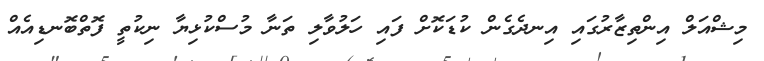
މިޝްއަލް އިންތިޒާރުގައި އިނދެގެން ކުޑަކޮށް ފައި ހަލުވާލި ތަނާ މުސްކުޅިޔާ ނިކުތީ ފޮތްބޮނޑިއެއް